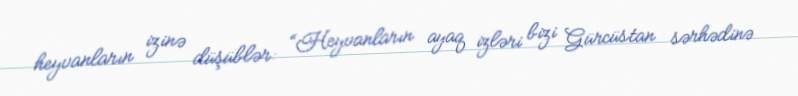
heyvanların izinə düşüblər: “Heyvanların ayaq izləri bizi Gürcüstan sərhədinə